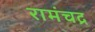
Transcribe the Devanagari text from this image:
रामंचद्र